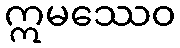
ဣမဿေဝ